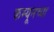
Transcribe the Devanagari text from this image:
कम्यूनच्या